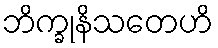
ဘိက္ခုနိသတေဟိ